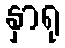
နှာရု